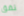
نفق